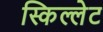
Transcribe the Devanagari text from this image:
स्किल्लेट